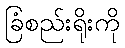
ခြံစည်းရိုးကို